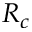
R _ { c }